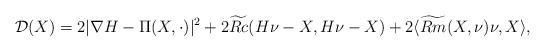
LaTeX: \begin{align*} \mathcal{D}(X) = 2|\nabla H - \Pi(X, \cdot)|^2 + 2 \widetilde{Rc}(H \nu - X, H \nu - X) + 2 \langle \widetilde{Rm}(X, \nu)\nu, X \rangle, \end{align*}